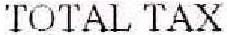
TOTAL TAX